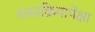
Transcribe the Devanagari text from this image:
शस्त्रक्रियापेक्षा